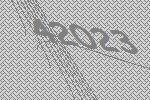
42023